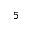
^ { 5 }